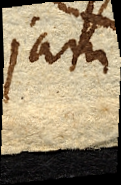
jam